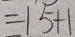
= 1 5 + 1